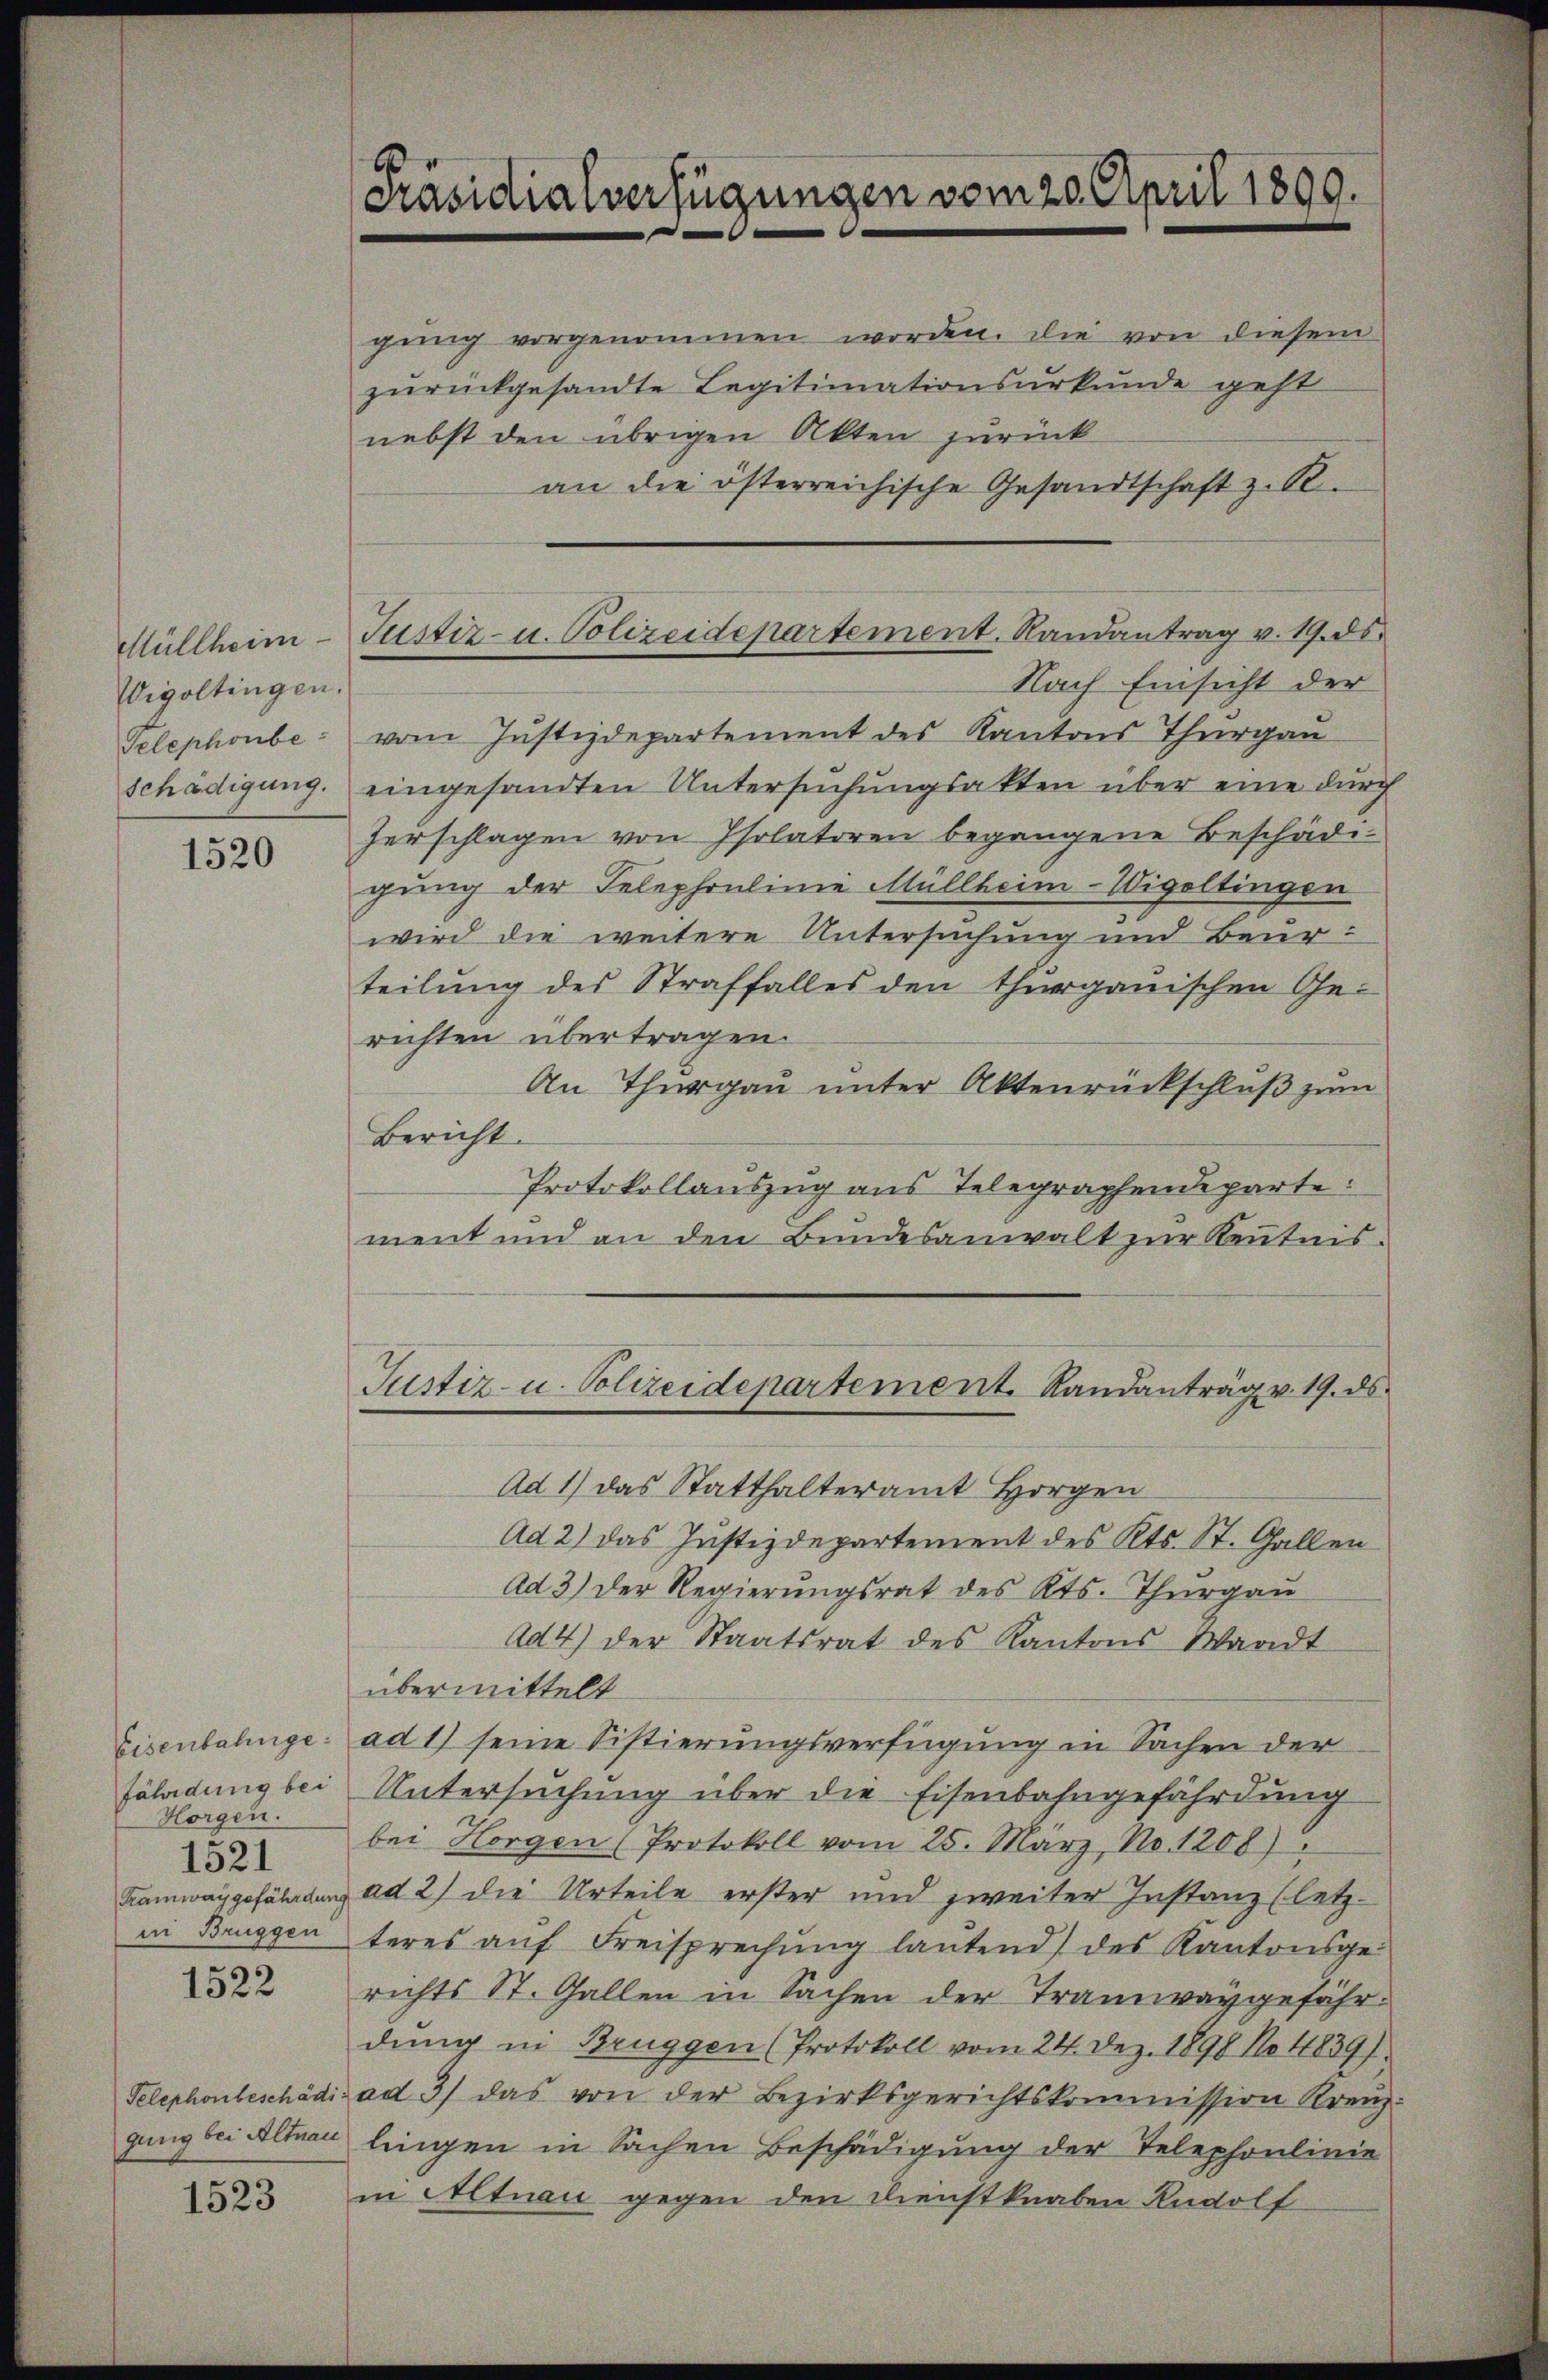
Müllheim
Wigoltingen.
Telephonbe-
schädigung.

1520

fährdung bei
Horgen.
1521
Kamway gefährdung

1522

Telephonbeschädi
gung bei Altnau

1523

Präsidialverfügungen vom 20. April 1890.

Justiz- u. Polizeidepartement. Randantrag v. 19. ds.

gŭng vorgenommen worden. Die von diesem
zŭrückgesandte Legitimationsurkunde geht
nebst den übrigen Akten zurück
an die österreichische Gesandtschaft z. R.
Nach Einsicht der
vom Justizdepartement des Kantons Thurgau
eingesandten Untersuchungsakten über eine durch
herschlagen von Isolatoren begangene Beschädigung der Telephonlinie Müllheim-Wigoltingen
wird die weitere Untersuchung und Beur-
teilung des Straffalles den thurgauischen Ge-
richten übertragen.
An Thurgau unter Aktenrückschluß zum
Bericht.
Protokollauszug aus Telegraphendeparte:
ment und an den Bundesanwalt zur Kenntnis-
Justiz- u. Polizeidepartement. Randantrag v. 19. ds.
Ad 1) das Statthalteramt Horgen
Ad 2) das Justizdepartement des Kts. St. Gallen
Ad 3) der Regierŭngsrat des Kts. Thŭrgaŭ
Ad4) der Staatsrat des Kantons Waadt
übermittelt
Eisenbahnge: ad 1) seine Sistierungsverfügung in Sachen der
Untersuchung über die Eisenbahngefährdung
bei Horgen (Protokoll vom 25. März, No. 1208)
ad 2) die Urteile erster und zweiter Instanz (letzan Bruggenteres auf Freisprechung lautend) des Kantonsgerichts St. Gallen in Sachen der Tramwaygefährdung in Bruggen (Protokoll vom 24. Dez. 1898 No 1839.
ad 3) das von der Bezirksgerichtskommission Kreuz-
lingen in Sachen Beschädigung der Telephonlinie
in Altnau gegen den Dienstknaben Rudolf